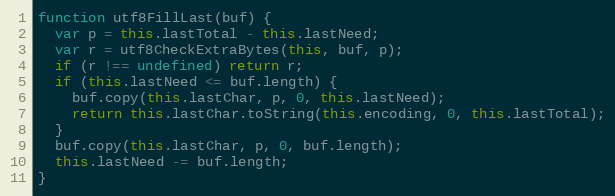
Language: JavaScript
function utf8FillLast(buf) {
  var p = this.lastTotal - this.lastNeed;
  var r = utf8CheckExtraBytes(this, buf, p);
  if (r !== undefined) return r;
  if (this.lastNeed <= buf.length) {
    buf.copy(this.lastChar, p, 0, this.lastNeed);
    return this.lastChar.toString(this.encoding, 0, this.lastTotal);
  }
  buf.copy(this.lastChar, p, 0, buf.length);
  this.lastNeed -= buf.length;
}